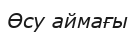
Өсу аймағы